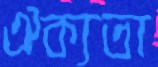
ঐক্যতা